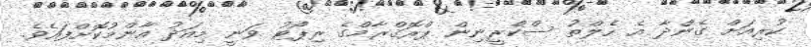
ކުރިއަށް ގެންދާ އެ ހެލްތު ސްކްރީނިން ޕްރޮގްރާމްގެ ރިޕޯޓު ވަނީ މިއަދު އާންމުކޮށްފައެވެ.